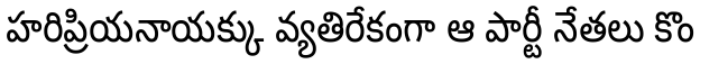
హరిప్రియనాయక్కు వ్యతిరేకంగా ఆ పార్టీ నేతలు కొం